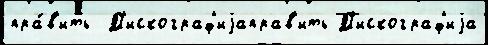
пра́в'ить  Д'искограф'иjаправ'ить Д'искограф'иjа